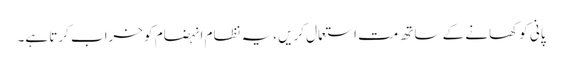
پانی کو کھانے کے ساتھ مت استعمال کریں ،یہ نظام انہضام کو خراب کرتا ہے۔